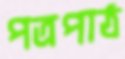
পত্রপাঠ